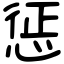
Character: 惩